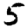
Digit: 5